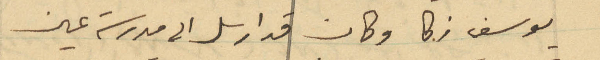
يوسف زكا وكان قد ارسل الى مدرسة عين